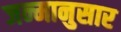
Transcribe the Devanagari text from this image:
जन्मानुसार